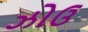
ઝોઉ